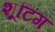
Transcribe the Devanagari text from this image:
शूटिग